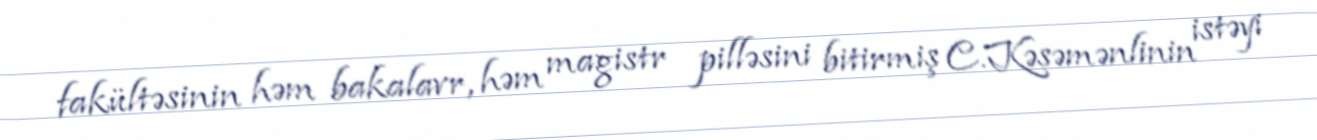
fakültəsinin həm bakalavr, həm magistr pilləsini bitirmiş C.Kəsəmənlinin istəyi